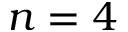
n = 4